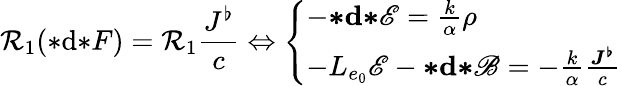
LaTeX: \mathcal{R}_{1}({*}\mathrm{d}{*}F)=\mathcal{R}_{1}\frac{J^{\flat}}{c}\Leftrightarrow\left\{ \begin{array}{ll}{-{\boldsymbol{*}}\mathbf{d}{\boldsymbol{*}}\mathscr{E}=\frac{k}{\alpha}\rho}\\ {-L_{e_{0}}\mathscr{E}-{\boldsymbol{*}}\mathbf{d}{\boldsymbol{*}}\mathscr{B}=-\frac{k}{\alpha}\frac{\boldsymbol{J^{\flat}}}{c}}\end{array}\right.